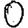
Digit: 0